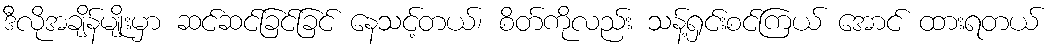
ဒီလိုအချိန်မျိုးမှာ ဆင်ဆင်ခြင်ခြင် နေသင့်တယ်၊ စိတ်ကိုလည်း သန့်ရှင်းစင်ကြယ် အောင် ထားရတယ်